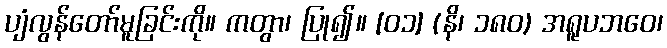
ပျံလွန်တော်မူခြင်းကို။ ကတွာ၊ ပြု၍။ [၀၁] (နိ၊ ၁၈၀) အရူပဘဝေ၊